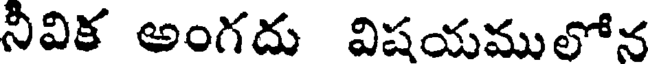
నీవిక అంగదు విషయములోన